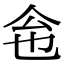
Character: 𠇜